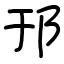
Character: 邘